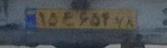
۱۵ع۶۵۴۷۸